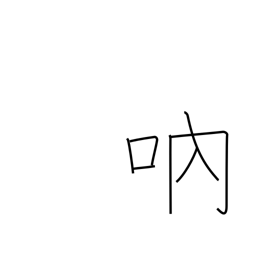
Meaning: stutter